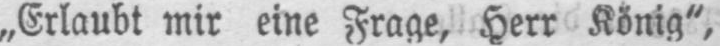
„Erlaubt mir eine Frage, Herr König“,